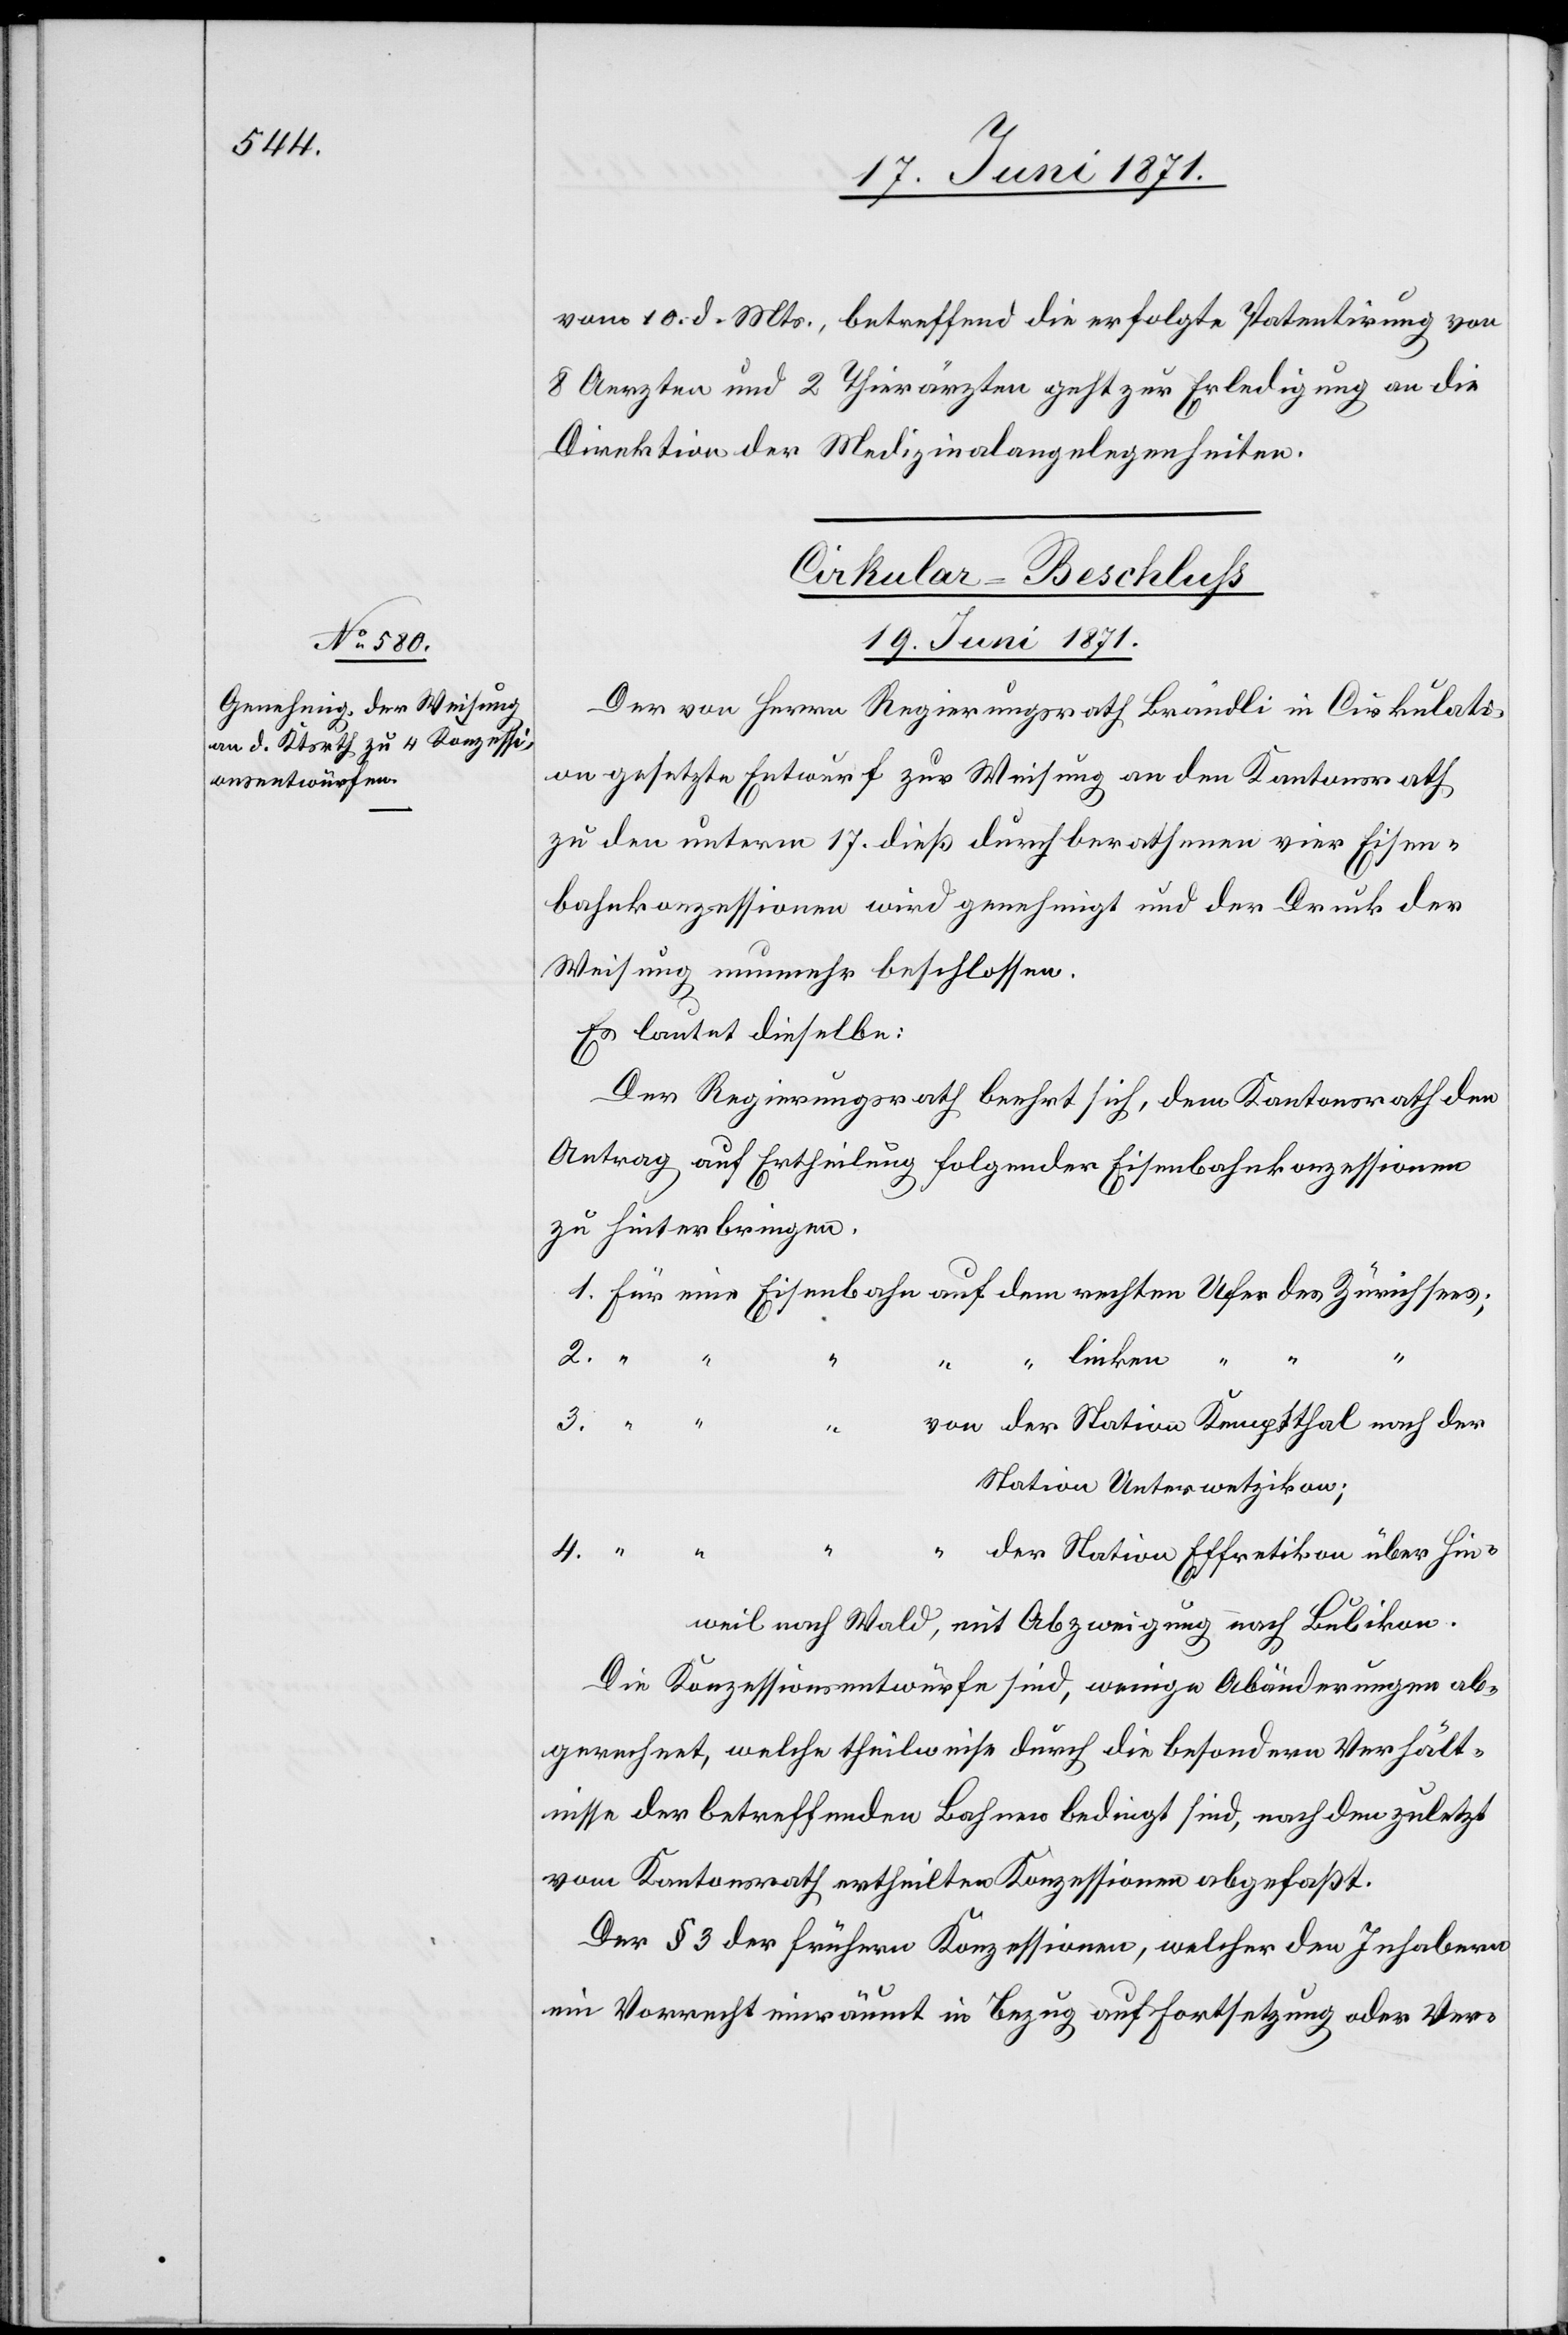
vom 10. d. Mts., betreffend die erfolgte Patentirung von
8 Aerzten und 2 Thierärzten geht zur Erledigung an die
Direktion der Medizinalangelegenheiten.
Cirkular-Beschluß
19. Juni 1871.
Der von Herrn Regierungsrath Brändli in Cirkulati¬
on gesetzte Entwurf zur Weisung an den Kantonsrath
zu den unterm 17. dieß durchberathenen vier Eisen¬
bahnkonzessionen wird genehmigt und der Druck der
Weisung nunmehr beschlossen.
Es lautet dieselbe:
Der Regierungsrath beehrt sich, dem Kantonsrath den
Antrag auf Ertheilung folgender Eisenbahnkonzessionen
zu hinterbringen.
1.
2.
“ “ linken “
4.
von der Station Kemptthal nach der
Station Unterwetzikon;
Die Konzessionsentwürfe sind, wenige Abänderungen ab¬
gerechnet, welche theilweise durch die besondern Verhält¬
nisse der betreffenden Bahnen bedingt sind, nach den zuletzt
vom Kantonsrath ertheilten Konzessionen abgefaßt.
Der § 3 der frühern Konzessionen, welcher den Inhabern
ein Vorrecht einräumt in Bezug auf Fortsetzung oder Ver-